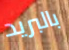
بالبريد